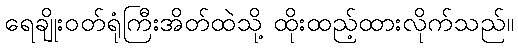
ရေချိုးဝတ်ရုံကြီးအိတ်ထဲသို့ ထိုးထည့်ထားလိုက်သည်။